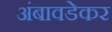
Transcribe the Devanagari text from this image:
अंबावडेकर